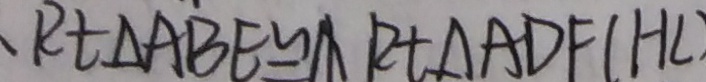
R T \Delta A B E \cong R T \Delta A D F ( H L )